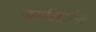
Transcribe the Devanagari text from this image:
कार्यवाहांना